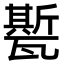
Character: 㽄